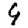
Digit: 9